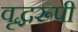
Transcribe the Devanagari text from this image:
वृद्धरूपी